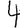
Digit: 4